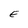
Character: E